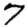
Digit: 7